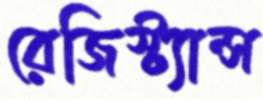
রেজিস্ট্যান্স